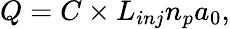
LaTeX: Q=C\times L_{inj}n_{p}a_{0},